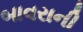
બાવરાની